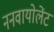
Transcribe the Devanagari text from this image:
ननवायोलेंट